Vaccination in the Punjab 1867-1880 - 1867-1880
Year: 1867
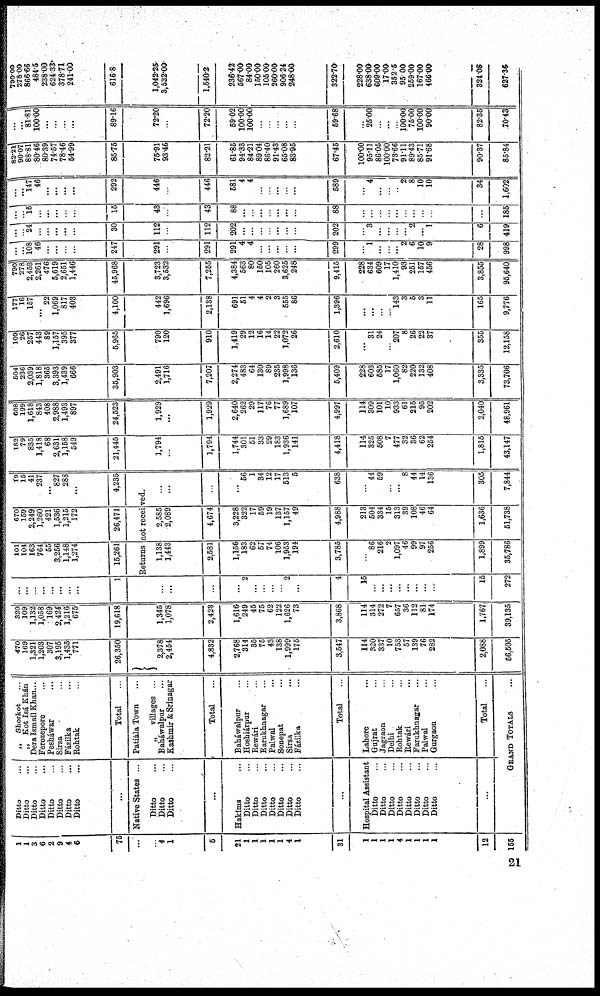
1
1
3
6
2
9
4
6
75
...
4
1
5
21
1
1
1
1
1
4
1
31
1
1
1
1
4
1
1
1
1
12
155
Ditto ...
Ditto ...
Ditto ...
Ditto ...
Ditto ...
Ditto ...
Ditto ...
Ditto ...
...
Native States ...
Ditto ...
Ditto ...
Ditto ...
...
Hakims ...
Ditto ...
Ditto ...
Ditto ...
Ditto ...
Ditto ...
Ditto ...
Ditto ...
...
Hospital Assistant
Ditto ...
Ditto ...
Ditto ...
Ditto ...
Ditto ...
Ditto ...
Ditto ...
Ditto ...
...
„
Shorkot ...
„ Kot Isá Khán ...
Dera Ismail Khan...
Ferozepore ...
Peshawar ...
Sirsa ...
Fázilka ...
Rohtak ...
Total ...
Patiála Town ...
„
villages ...
Baháwalpur ...
Kashmir & Srinagar
Total ...
Baháwalpur ...
Hoshiárpur ...
Rewári ...
Earukhnagar ...
Palwal ...
Sonepat ...
Sirsa ...
Fázilka ...
Total ...
Lahore ...
Gujrat ...
Jagraon ...
Delhi ...
Rohtak ...
Rewári ...
Farukhnagar ...
Palwal ...
Gurgaon ...
Total ...
GRAND TOTALS ...
470
169
1,321
1,203
307
3,195
1,435
771
26,350
2,378
2,454
4,832
2,768
314
35
75
43
138
1,999
175
3,547
114
320
337
10
753
57
139
76
282
2,088
56,505
320
109
1,132
1,058
169
2,424
1,216
675
19,618
1,345
1,078
2,423
1,616
249
45
75
62
122
1,626
73
3,868
114
314
272
7
657
36
112
81
174
1,767,
39,135
...
...
...
...
...
...
...
...
1
101
104
163
764
55
3,256
1,148
1,274
15,261
670
159
2,249
1,260
421
1,536
1,215
172
26,471
19
15
41
237
...
827
288
...
4,235
Returns not received.
...
...
...
...
2
...
...
...
...
2
...
4
15
...
...
...
...
...
...
...
...
15
272
1,138
1,443
2,581
1,156
183
62
57
74
106
1,953
194
3,785
...
86
216
2
1,097
46
99
97
256
1,899
35,786
2,585
2,089
4,674
3,228
322
17
59
19
137
1,157
49
4,988
213
504
334
15
313
39
108
46
64
1,636
51,738
...
...
...
...
56
1
34
12
17
513
5
638
...
44
59
...
...
8
44
14
136
305
7,844
182
79
835
1,418
68
2,631
1,158
549
21,445
1,794
...
1,794
1,744
301
51
33
29
183
1,936
141
4,418
114
325
508
7
477
32
36
62
254
1,815
43,147
608
199
1,618
843
408
2,988
1,493
897
24,523
1,929
...
1,929
2,640
262
29
117
76
77
1,689
107
4,997
114
309
101
10
933
61
215
95
202
2,040
48,961
504
236
2,039
1,818
365
3,393
1,439
666
35,903
2,491
1,716
7,207
2,274
483
64
130
89
235
1,998
136
5,409
228
603
585
17
1,060
82
220
132
408
3,335
73,706
109
26
257
443
89
1,157
395
377
5,965
790
120
910
1,419
29
12
16
14
22
1,072
26
2,610
...
31
24
...
207
8
26
22
37
355
12,158
177
16
157
...
22
1,069
817
403
4,100
442
1,696
2,138
691
51
4
4
2
3
555
86
1,396
...
...
...
...
143
3
5
3
11
165
9,776
790
278
2,453
2,261
476
5,619
2,651
1,446
45,968
3,723
3,532
7,265
4,384
563
80
150
105
260
3,625
248
9,415
228
634
609
17
1,410
93
251
157
456
3,855
95,640
...
...
108
46
...
...
...
...
247
291
...
291
291
4
4
...
...
...
...
...
299
...
1
...
...
...
2
6
10
9
28
998
...
... 24
...
...
...
...
...
30
112
...
112
202
...
...
...
...
...
...
...
202
...
3
...
...
...
...
2
...
1
6
419
...
... 15
...
...
...
...
...
15
43
...
43
88
...
...
...
...
...
...
...
88
...
...
...
...
...
...
...
...
...
...
185
...
... 147
46
...
...
...
...
292
446
...
446
581
4
4
...
...
...
...
...
589
...
4
...
...
...
2
8
10
10
34
1,602
82.21
90.07
88.81
80.46
80.39
74.57
78.46
54.99
85.75
75.91
93.46
82.21
61.85
94.33
84.21
89.04
86.40
91.43
65.08
83.95
67.45
100.00
95.11
86.05
100.00
73.66
91.11
89.43
85.71
91.68
90.37
85.84
...
... 81.81
100.00
...
...
...
...
89.16
72.20
...
72.20
59.02
100.00
100.00
...
...
...
...
...
59.68
...
25.00
...
...
...
100.00
75.00
100.00
90.00
82.35
70.43
790.00
278 00
866.66
484.5
238.00
624.33
378.71
241.00
616.8
1,042.25
3,532.00
1,540.2
236.42
567.00
84.00
150.00
10500
26000
906.24
248.00
322.70
228.00
638.00
609.00
17.00
352.5
95.00
269.00
16700
466.00
324.08
627.35
21